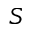
S